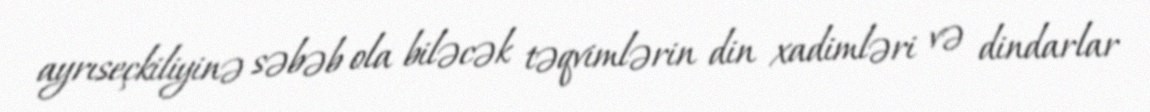
ayrıseçkiliyinə səbəb ola biləcək təqvimlərin din xadimləri və dindarlar